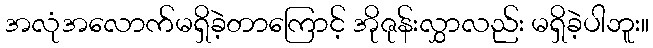
အလုံအလောက်မရှိခဲ့တာကြောင့် အိုဇုန်းလွှာလည်း မရှိခဲ့ပါဘူး။